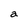
Character: a